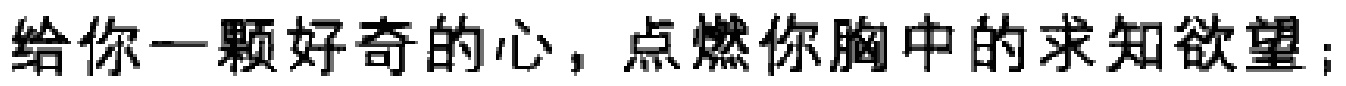
给你一颗好奇的心，点燃你胸中的求知欲望；